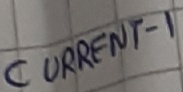
Text: CURRENT-1